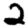
Digit: 2